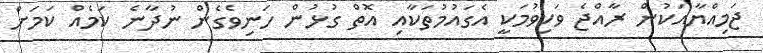
ޖަމިއްޔާއަކުން ރާއްޖެ ވަކިވުމަކީ އެގައުމުތަކާއި އޮތް ގުޅުން ހަނިވެގެން ނުދާނެ ކަމެއް ކަމަށް